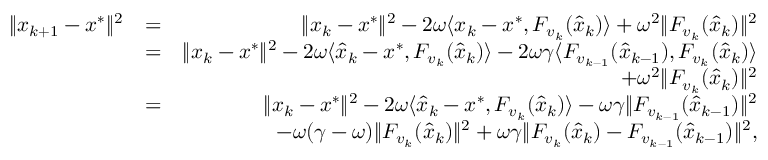
\begin{array} { r l r } { \| x _ { k + 1 } - x ^ { * } \| ^ { 2 } } & { = } & { \| x _ { k } - x ^ { * } \| ^ { 2 } - 2 \omega \langle x _ { k } - x ^ { * } , F _ { v _ { k } } ( \hat { x } _ { k } ) \rangle + \omega ^ { 2 } \| F _ { v _ { k } } ( \hat { x } _ { k } ) \| ^ { 2 } } \\ & { = } & { \| x _ { k } - x ^ { * } \| ^ { 2 } - 2 \omega \langle \hat { x } _ { k } - x ^ { * } , F _ { v _ { k } } ( \hat { x } _ { k } ) \rangle - 2 \omega \gamma \langle F _ { v _ { k - 1 } } ( \hat { x } _ { k - 1 } ) , F _ { v _ { k } } ( \hat { x } _ { k } ) \rangle } \\ & { } & { \quad + \omega ^ { 2 } \| F _ { v _ { k } } ( \hat { x } _ { k } ) \| ^ { 2 } } \\ & { = } & { \| x _ { k } - x ^ { * } \| ^ { 2 } - 2 \omega \langle \hat { x } _ { k } - x ^ { * } , F _ { v _ { k } } ( \hat { x } _ { k } ) \rangle - \omega \gamma \| F _ { v _ { k - 1 } } ( \hat { x } _ { k - 1 } ) \| ^ { 2 } } \\ & { } & { \quad - \omega ( \gamma - \omega ) \| F _ { v _ { k } } ( \hat { x } _ { k } ) \| ^ { 2 } + \omega \gamma \| F _ { v _ { k } } ( \hat { x } _ { k } ) - F _ { v _ { k - 1 } } ( \hat { x } _ { k - 1 } ) \| ^ { 2 } , } \end{array}